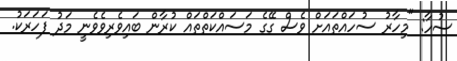
ސުހާ: "މިހާރު ސުހައްތައަށް ވެސް ގޭގެ މަސައްކަތްތައް ކުރާން ބައިވެރިވެވެނީ މަދު ފަހަރަކު.